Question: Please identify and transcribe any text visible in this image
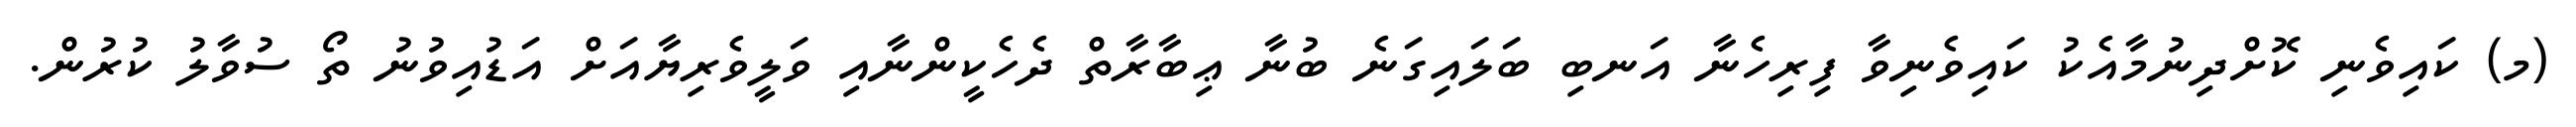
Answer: (މ) ކައިވެނި ކޮށްދިނުމާއެކު ކައިވެނިވާ ފިރިހެނާ އަނބި ބަލައިގަނެ ބުނާ ޢިބާރާތް ދެހެކީންނާއި ވަލީވެރިޔާއަށް އަޑުއިވުނު ތޯ ސުވާލު ކުރުން.